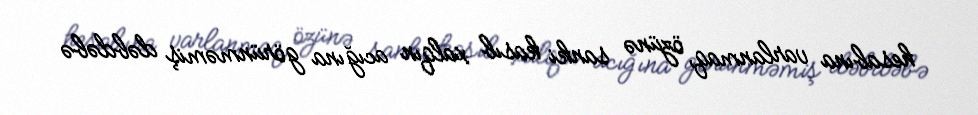
hesabına varlanmaq, özünə sanki kasıb xalqın acığına görünməmiş dəbdəbə